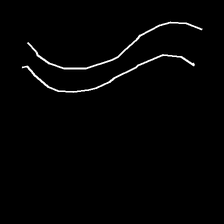
Glyph: float